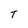
Character: T